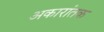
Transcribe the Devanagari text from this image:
अकारांतक